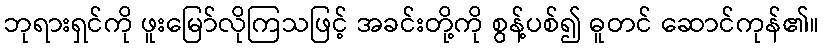
ဘုရားရှင်ကို ဖူးမြော်လိုကြသဖြင့် အခင်းတို့ကို စွန့်ပစ်၍ ဓူတင် ဆောင်ကုန်၏။